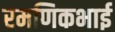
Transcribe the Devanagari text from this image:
रमणिकभाई